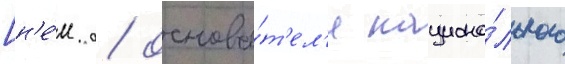
[н'е́м. / основа́т'ел'я национа́льного